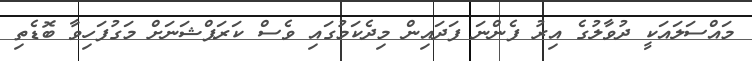
މައްސަލައަކީ ދުވާލުގެ އިރު ފެންނަ ފަދައިން މިދެކަމުގައި ވެސް ކަރަޕްޝަނަށް މަގުފަހިވާ ބޮޑެތި